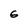
Character: 6